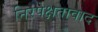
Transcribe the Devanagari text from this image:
निरपेक्षतावाद